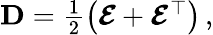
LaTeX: \begin{array}{r}{{\mathbf D}=\frac{1}{2}\left(\boldsymbol{\mathcal{E}}+\boldsymbol{\mathcal{E}}^{\top}\right)\, ,}\end{array}